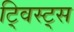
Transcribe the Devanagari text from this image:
ट्विस्ट्स